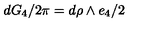
d G _ { 4 } / { 2 \pi } = d \rho \land e _ { 4 } / 2